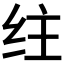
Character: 𰬇